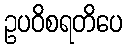
ဥပဝိစရတိပေ